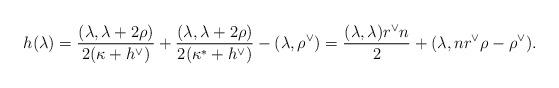
LaTeX: \begin{align*}h(\lambda) = \frac{(\lambda, \lambda + 2\rho)}{2 (\kappa+h^\vee)} + \frac{(\lambda, \lambda + 2\rho)}{2 (\kappa^*+h^\vee)} - (\lambda, \rho^\vee) = \frac{(\lambda,\lambda) r^\vee n }{2} + (\lambda, n r^\vee \rho -\rho^\vee).\end{align*}